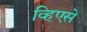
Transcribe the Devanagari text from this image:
व्हिएसे